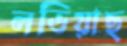
লভিয়াছ